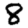
Digit: 8